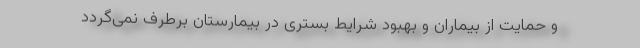
و حمایت از بیماران و بهبود شرایط بستری در بیمارستان برطرف نمی‌گردد